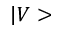
| V >